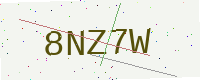
Text: 8NZ7W